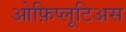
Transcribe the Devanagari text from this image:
ओफ़िप्लूटिअस